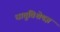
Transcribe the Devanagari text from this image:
धातुविशेषज्ञ